Malaria in the Punjab - Number 46
Disease focus: Malaria
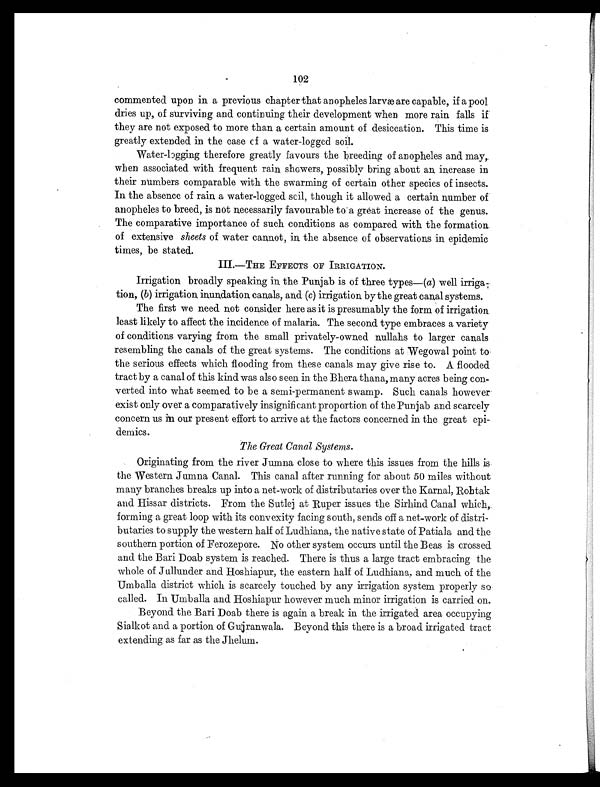
102
commented upon in a previous chapter that anopheles larvae are capable, if a pool
dries up, of surviving and continuing their development when more rain falls if
they are not exposed to more than a certain amount of desiccation. This time is
greatly extended in the case cf a water-logged soil.
Water-lagging therefore greatly favours the breeding of anopheles and. may,
when associated with frequent rain showers, possibly bring about an increase in
their numbers comparable with the swarming of certain other species of insects.
In the absence of rain a water-logged soil, though it allowed a certain number of
anopheles to breed, is not necessarily favourable to a great increase of the genus.
The comparative importance of such conditions as compared with the formation.
of extensive sheets of water cannot, in the absence of observations in epidemic
times, be stated.
III.—THE EFFECTS OF IRRIGATION.
Irrigation broadly speaking in the Punjab is of three types—( a) well irriga
-tion, (b) irrigation inundation canals, and (c) irrigation by the great canal systems.
The first we need. not consider here as it is presumably the form of irrigation.
least likely to affect the incidence of malaria. The second type embraces a variety
of conditions varying from the small privately-owned nullahs to larger canals
resembling the canals of the great systems. The conditions at Wegowal point to
the serious effects which flooding from these canals may give rise to. A flooded.
tract by a canal of this kind was also seen in the Bhera thana, many acres being con-
verted into what seemed to be a semi-permanent swamp. Such canals however
exist only over a comparatively insignifi cant proportion of the Punjab and scarcely
concern us in our present effort to arrive at the factors concerned in the great epi
demics.
The Great Canal Systems.
Originating from the river Jumna close to where this issues from the hills is.
the Western Jumna Canal. This canal after running for about 50 miles without
many branches breaks up into a net-work of distributaries over the Karnal, Robtak
and Hissar districts. From the Sutlej at Ruper issues the Sirhind Canal which,.
forming a great loop with its convexity facing south, sends off a net-work of distri-
butaries to supply the western half of Ludhiana, the native state of Patiala and the
southern portion of Ferozepore. No other system occurs until the Beas is crossed
and the Bari Doab system is reached. There is thus a large tract embracing the
whole of Jullunder and Hoshiapur, the eastern half of Ludhiana, and much of the
Umballa district which is scarcely touched by any irrigation system properly so
called. InUmballa and Hoshiapur however much minor irrigation is carried on.
Beyond the Bari Doab there is again a break in the irrigated area occupying
Sialkot and a portion of Gujranwala. Beyond this there is a broad irrigated tract
extending as far as the Jhelum.